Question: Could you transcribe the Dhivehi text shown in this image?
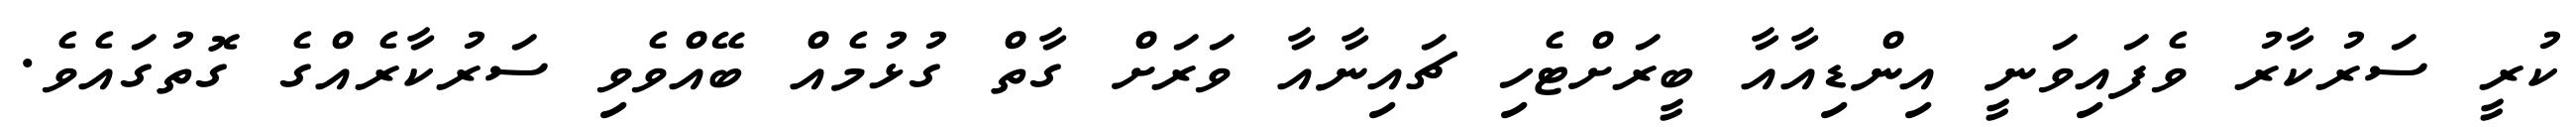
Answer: ކުރީ ސަރުކާރު ވެފައިވަނީ އިންޑިއާއާ ބީރަށްޓެހި ޗައިނާއާ ވަރަށް ގާތް ގުޅުމެއް ބޭއްވެވި ސަރުކާރެއްގެ ގޮތުގައެވެ.